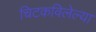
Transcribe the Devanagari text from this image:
चिटकविलेल्या